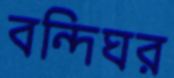
বন্দিঘর